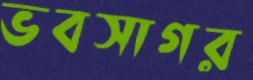
ভবসাগর